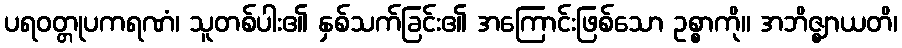
ပရဝတ္တုပကရဏံ၊ သူတစ်ပါး၏ နှစ်သက်ခြင်း၏ အကြောင်းဖြစ်သော ဥစ္စာကို။ အဘိဇ္ဈာယတိ၊